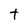
Character: t